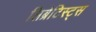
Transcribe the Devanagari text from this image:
लिब्रेटिस्ट्स